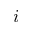
i